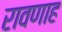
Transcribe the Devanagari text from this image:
रावणाह